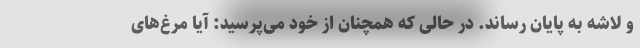
و لاشه به پایان رساند. در حالی که همچنان از خود می‌پرسید: آیا مرغ‌های